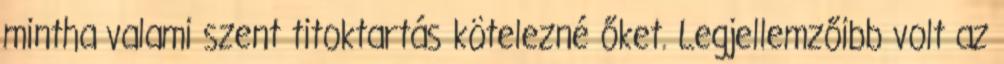
mintha valami szent titoktartás kötelezné őket. Legjellemzőibb volt az